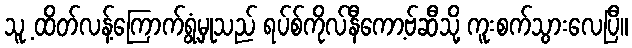
သူ့ ထိတ်လန့်ကြောက်ရွံ့မှုသည် ရပ်စ်ကိုလ်နီကော့ဗ်ဆီသို့ ကူးစက်သွားလေပြီ။